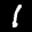
Label: 1